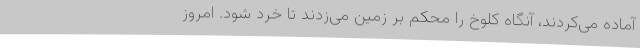
آماده می‌کردند، آنگاه کلوخ را محکم بر زمین می‌زدند تا خُرد شود. امروز